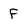
Character: F